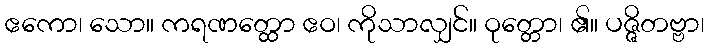
ဧကော၊ သော။ ကရဏတ္ထော ဧဝ၊ ကိုသာလျှင်။ ဝုတ္တော၊ ၏။ ပဇ္ဇိတဗ္ဗာ၊